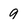
Character: 9